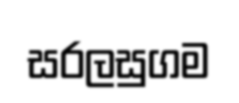
සරලසුගම